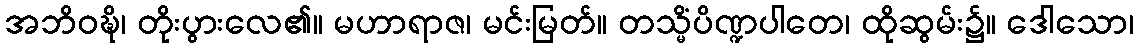
အဘိဝဍ္ဎိ၊ တိုးပွားလေ၏။ မဟာရာဇ၊ မင်းမြတ်။ တသ္မိံပိဏ္ဍပါတေ၊ ထိုဆွမ်း၌။ ဒေါသော၊